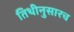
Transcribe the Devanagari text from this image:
तिथीनुसारच